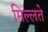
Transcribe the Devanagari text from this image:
मिल्लते